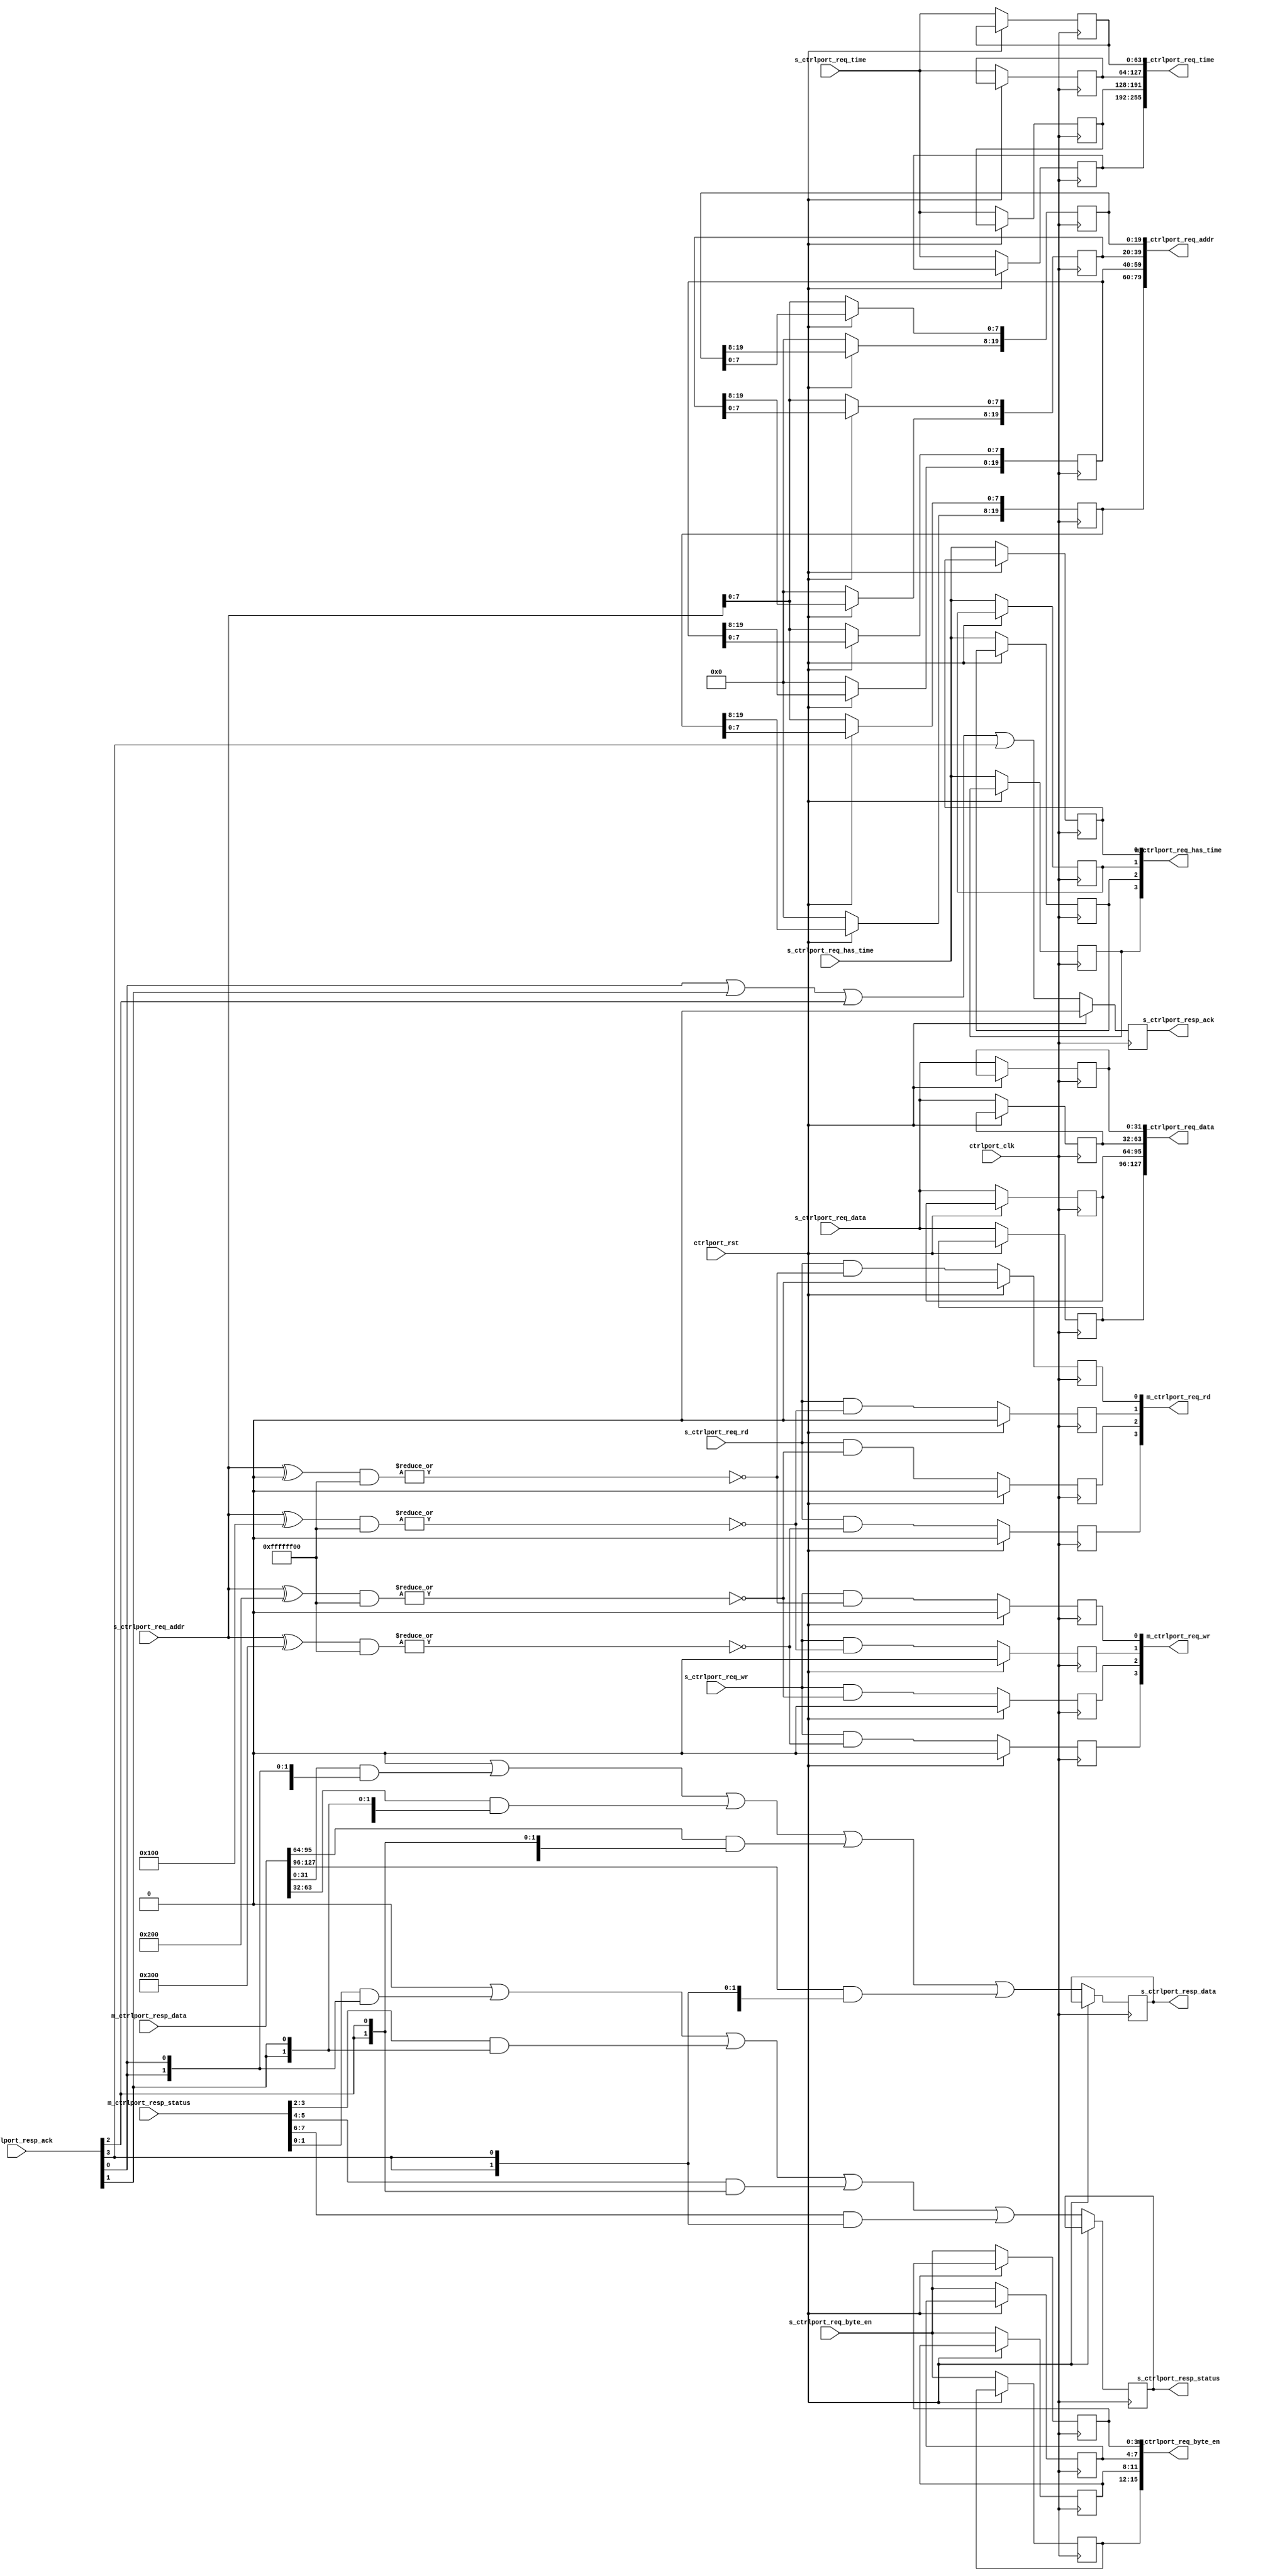
//
// Copyright 2019 Ettus Research, A National Instruments Company
//
// SPDX-License-Identifier: LGPL-3.0-or-later
//
// Module: ctrlport_decoder_param
//
// Description:
//
//   This block splits a single control port interface into multiple. It is 
//   used when you have a single master that needs to access multiple slaves. 
//   For example, a NoC block where the registers are implemented in multiple 
//   submodules that must be read/written by a single NoC shell.
//
//   This version also implements address decoding. The request is passed to a 
//   slave only if the address falls within that slave's address space. Each 
//   slave can have a unique base address and address space size. The address 
//   space is broken up as follows.
//
//     PORT_BASE[0*20 +: 20] = Port 0 base address
//                   
//                   2**PORT_ADDR_W[0*32 +: 32] bytes for slave 0
//                  
//       .
//       .
//     PORT_BASE[1*20 +: 20] = Port 1 base address
//                  
//                   2**PORT_ADDR_W[1*32 +: 32] bytes for slave 1
//                  
//       .
//       .
//
//   When passed to the slave, the base address is stripped from the request 
//   address so that only the PORT_ADDR_W-bit address is passed through.
//
// Parameters:
//
//   NUM_SLAVES  : The number of slaves to connect to a master.
//
//   PORT_BASE   : Base addresses to use fore each slave. This is a 
//                 concatenation of 20-bit addresses, where the right-most 
//                 (least-significant) 20 bits corresponds to slave 0. Each 
//                 address must be a multiple of 2**PORT_ADDR_W, where 
//                 PORT_ADDR_W is the number of address bits allocated to that 
//                 slave.
//
//   PORT_ADDR_W : Number of address bits to allocate to each slave. This is a 
//                 concatenation of 32-bit integers, where the right-most 
//                 (least-significant) 32 bits corresponds to the address space 
//                 for slave 0.
//

module ctrlport_decoder_param #(
  parameter NUM_SLAVES  = 4,
  parameter PORT_BASE   = { 20'h300, 20'h200, 20'h100, 20'h000 },
  parameter PORT_ADDR_W = {   32'd8,   32'd8,   32'd8,   32'd8 }
) (
  input wire ctrlport_clk,
  input wire ctrlport_rst,

  // Slave Interface
  input  wire        s_ctrlport_req_wr,
  input  wire        s_ctrlport_req_rd,
  input  wire [19:0] s_ctrlport_req_addr,
  input  wire [31:0] s_ctrlport_req_data,
  input  wire [ 3:0] s_ctrlport_req_byte_en,
  input  wire        s_ctrlport_req_has_time,
  input  wire [63:0] s_ctrlport_req_time,
  output reg         s_ctrlport_resp_ack = 1'b0,
  output reg  [ 1:0] s_ctrlport_resp_status,
  output reg  [31:0] s_ctrlport_resp_data,

  // Master Interfaces
  output reg  [   NUM_SLAVES-1:0] m_ctrlport_req_wr = 0,
  output reg  [   NUM_SLAVES-1:0] m_ctrlport_req_rd = 0,
  output reg  [20*NUM_SLAVES-1:0] m_ctrlport_req_addr = 0,
  output reg  [32*NUM_SLAVES-1:0] m_ctrlport_req_data,
  output reg  [ 4*NUM_SLAVES-1:0] m_ctrlport_req_byte_en,
  output reg  [   NUM_SLAVES-1:0] m_ctrlport_req_has_time,
  output reg  [64*NUM_SLAVES-1:0] m_ctrlport_req_time,
  input  wire [   NUM_SLAVES-1:0] m_ctrlport_resp_ack,
  input  wire [ 2*NUM_SLAVES-1:0] m_ctrlport_resp_status,
  input  wire [32*NUM_SLAVES-1:0] m_ctrlport_resp_data
);

  //---------------------------------------------------------------------------
  // Address Decode Logic
  //---------------------------------------------------------------------------
  //
  // Check if the upper bits of the request address match each slave. If the
  // address matches, set the corresponding dec_mask[] bit.
  //
  //---------------------------------------------------------------------------

  wire [NUM_SLAVES-1:0] dec_mask;  // Address decoder mask

  generate
    genvar i;

    for (i = 0; i < NUM_SLAVES; i = i+1) begin : gen_dec_mask
      localparam [19:0] BASE_ADDR = PORT_BASE  [i*20 +: 20];
      localparam [31:0] ADDR_W    = PORT_ADDR_W[i*32 +: 32];
      assign dec_mask[i] = ~|((s_ctrlport_req_addr ^ BASE_ADDR) & ((~0) << ADDR_W));
    end


    //---------------------------------------------------------------------------
    // Split the requests among the slaves
    //---------------------------------------------------------------------------

    for (i = 0; i < NUM_SLAVES; i = i+1) begin : gen_split
      localparam [31:0] ADDR_W = PORT_ADDR_W[i*32 +: 32];

      always @(posedge ctrlport_clk) begin
        if (ctrlport_rst) begin
          m_ctrlport_req_wr[i] <= 1'b0;
          m_ctrlport_req_rd[i] <= 1'b0;
        end else begin
          // Mask WR and RD based on address decoding
          m_ctrlport_req_wr[i] <= s_ctrlport_req_wr & dec_mask[i];
          m_ctrlport_req_rd[i] <= s_ctrlport_req_rd & dec_mask[i];

          // Other values pass through to all slaves, but should be ignored
          // unless WR or RD is asserted.
          m_ctrlport_req_data    [32*i +: 32] <= s_ctrlport_req_data;
          m_ctrlport_req_byte_en [4*i +: 4]   <= s_ctrlport_req_byte_en;
          m_ctrlport_req_has_time[i]          <= s_ctrlport_req_has_time;
          m_ctrlport_req_time    [64*i +: 64] <= s_ctrlport_req_time;

          // Mask the address bits to that of the slaves address space.
          m_ctrlport_req_addr[20*i +: 20]     <= 20'b0;
          m_ctrlport_req_addr[20*i +: ADDR_W] <= s_ctrlport_req_addr[ADDR_W-1 : 0];
        end
      end
    end
  endgenerate

  //---------------------------------------------------------------------------
  // Decode the responses
  //---------------------------------------------------------------------------

  reg [31:0] data;
  reg [ 1:0] status;
  reg        ack = 0;

  // Take the responses and mask them with ack, then OR them together
  always @(*) begin : comb_decode
    integer s;
    data   = 0;
    status = 0;
    ack    = 0;
    for (s = 0; s < NUM_SLAVES; s = s+1) begin
      data   = data   | (m_ctrlport_resp_data  [s*32 +: 32] & {32{m_ctrlport_resp_ack[s]}});
      status = status | (m_ctrlport_resp_status[s* 2 +:  2] & { 2{m_ctrlport_resp_ack[s]}});
      ack    = ack    | m_ctrlport_resp_ack[s];
    end
  end

  // Register the output to break combinatorial path
  always @(posedge ctrlport_clk) begin
    if (ctrlport_rst) begin
      s_ctrlport_resp_ack  <= 0;
    end else begin
      s_ctrlport_resp_data   <= data;
      s_ctrlport_resp_status <= status;
      s_ctrlport_resp_ack    <= ack;
    end
  end

endmodule